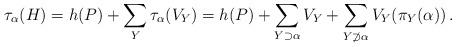
LaTeX: \begin{align*} \tau_\alpha(H) = h(P) + \sum_{Y} \tau_\alpha(V_Y) = h(P) + \sum_{Y\supset\alpha} V_Y + \sum_{Y\not\supset\alpha} V_Y(\pi_Y(\alpha)) \, .\end{align*}